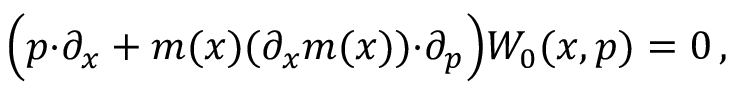
\Bigl ( p { \cdot } \partial _ { x } + m ( x ) ( \partial _ { x } m ( x ) ) { \cdot } \partial _ { p } \Bigr ) { \cal W } _ { 0 } ( x , p ) = 0 \, ,